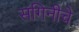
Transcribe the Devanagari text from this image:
संगिनीचे